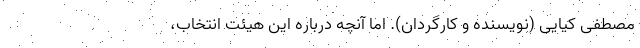
مصطفی کیایی (نویسنده و کارگردان). اما آنچه درباره این هیئت انتخاب،